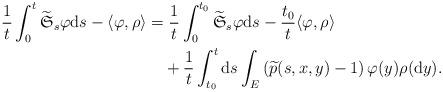
LaTeX: \begin{align*}\frac{1}{t}\int_{0}^{t}\widetilde{\mathfrak{S}}_{s}\varphi {\rm d}s-\langle \varphi,\rho\rangle&=\frac{1}{t}\int_{0}^{t_{0}}\widetilde{\mathfrak{S}}_{s}\varphi {\rm d}s-\frac{t_{0}}{t}\langle \varphi,\rho\rangle\\&\quad+\frac{1}{t}\int_{t_{0}}^{t}{\rm d}s\int_{E}\left(\widetilde{p}(s,x,y)-1\right)\varphi(y)\rho({\rm d}y).\end{align*}